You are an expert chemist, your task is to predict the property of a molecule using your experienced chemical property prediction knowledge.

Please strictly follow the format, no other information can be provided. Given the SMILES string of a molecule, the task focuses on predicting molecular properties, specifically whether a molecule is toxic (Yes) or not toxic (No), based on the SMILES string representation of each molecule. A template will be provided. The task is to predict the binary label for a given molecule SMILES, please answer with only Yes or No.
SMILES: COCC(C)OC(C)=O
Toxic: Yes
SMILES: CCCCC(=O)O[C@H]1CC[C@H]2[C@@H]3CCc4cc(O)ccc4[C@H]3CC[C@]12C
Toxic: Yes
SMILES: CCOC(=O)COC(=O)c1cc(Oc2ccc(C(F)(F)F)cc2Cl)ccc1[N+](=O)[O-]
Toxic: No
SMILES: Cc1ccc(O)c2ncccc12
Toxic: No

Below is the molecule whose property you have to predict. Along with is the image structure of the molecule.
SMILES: COc1ccc(/C=C/C(=O)O)cc1
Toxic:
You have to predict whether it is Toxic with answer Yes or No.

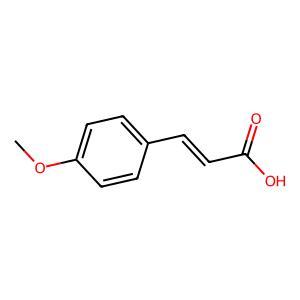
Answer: No